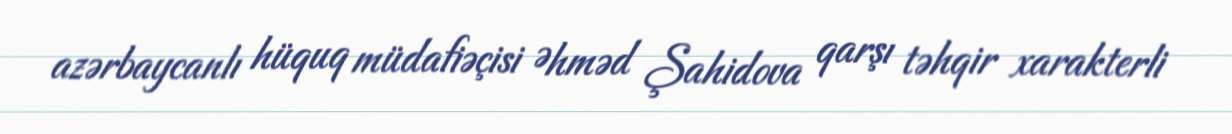
azərbaycanlı hüquq müdafiəçisi Əhməd Şahidova qarşı təhqir xarakterli